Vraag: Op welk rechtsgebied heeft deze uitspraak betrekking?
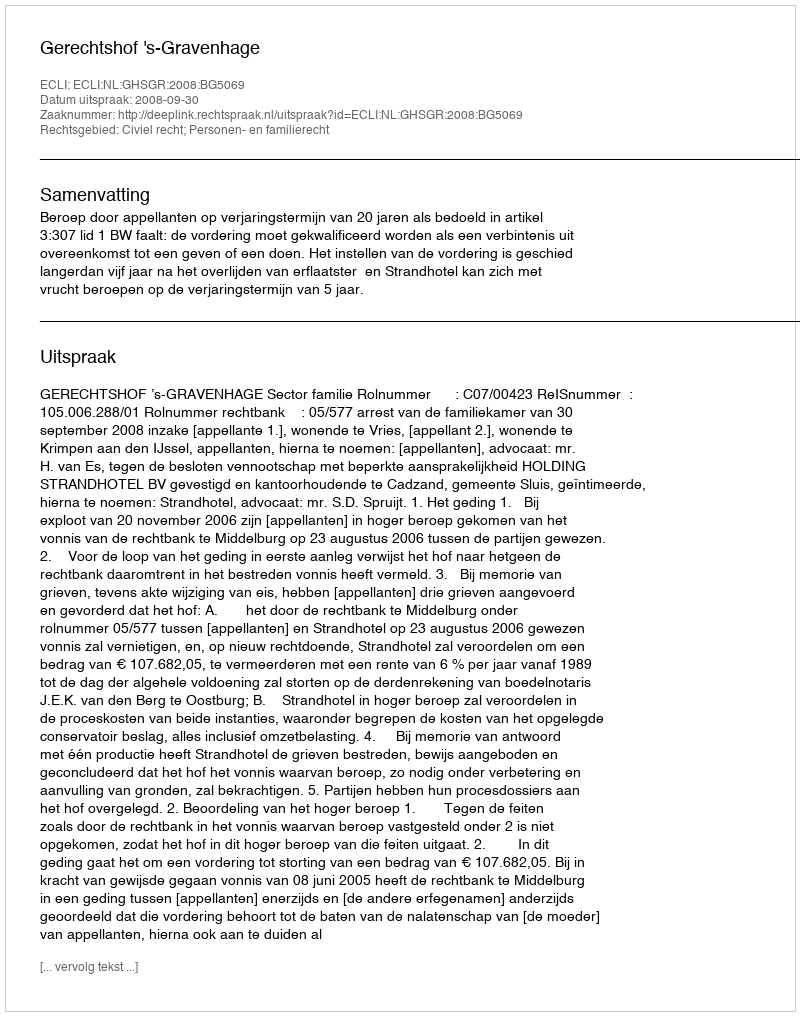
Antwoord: Civiel recht; Personen- en familierecht